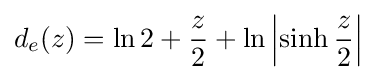
d_{e}(z)=\ln 2+{\frac {z}{2}}+\ln \left|\sinh {\frac {z}{2}}\right|